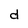
Character: d